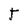
Character: T